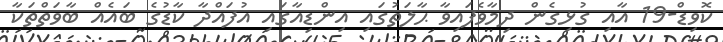
ކޮވިޑް-19 އާއި ގުޅިގެން ދިމާވެފައިވާ ޙާލަތުގައި އިންޑިއާގައި އުފައްދާ ކާޑުގެ ބައެއް ބާވަތްތަކާ